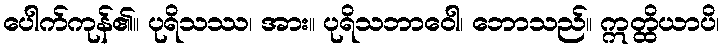
ပေါက်ကုန်၏။ ပုရိသဿ၊ အား။ ပုရိသဘာဝေါ၊ ဘောသည်။ ဣတ္ထိယာပိ၊